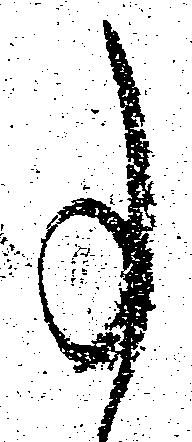
事